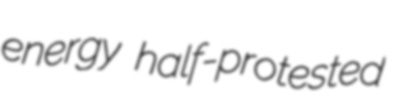
energy half-protested